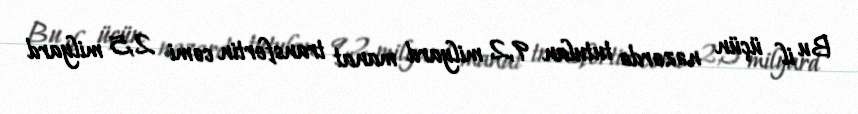
Bu il üçün nəzərdə tutulan 9,2 milyard manat transfertin cəmi 2,5 milyard